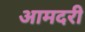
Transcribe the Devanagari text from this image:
आमदरी